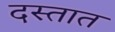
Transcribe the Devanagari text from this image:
दस्तात